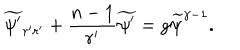
{ \widetilde { \psi ^ { \prime } } } _ { r ^ { \prime } r ^ { \prime } } + { \frac { n - 1 } { r ^ { \prime } } } { \widetilde { \psi ^ { \prime } } } = g { \widetilde { \psi } } ^ { \gamma - 1 } .